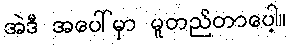
အဲဒီ အပေါ်မှာ မူတည်တာပေါ့။